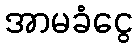
အာမခံငွေ